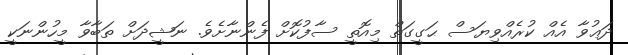
ދަޢުވާ އެއް ކުރެއްވިޔަސް ޙަގީގަތް މިއޮތީ ސާފުކޮށް ފެންނާށެވެ. ނަޝީދަށް ތަބާވާ މީހުންނަކީ